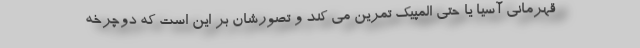
قهرمانی آسیا یا حتی المپیک تمرین می کند و تصورشان بر این است که دوچرخه